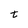
Character: t